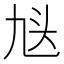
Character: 𬼣